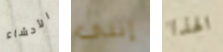
الأحشاء إننى الهذا